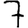
Digit: 7